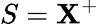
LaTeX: S=\mathbf{X}^{+}